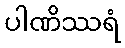
ပါဏိဿရံ